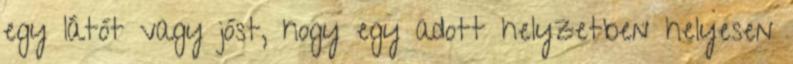
egy látót vagy jóst, hogy egy adott helyzetben helyesen